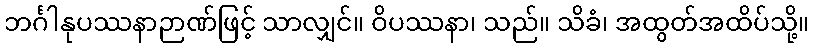
ဘင်္ဂါနုပဿနာဉာဏ်ဖြင့် သာလျှင်။ ဝိပဿနာ၊ သည်။ သိခံ၊ အထွတ်အထိပ်သို့။